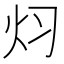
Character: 𮳜